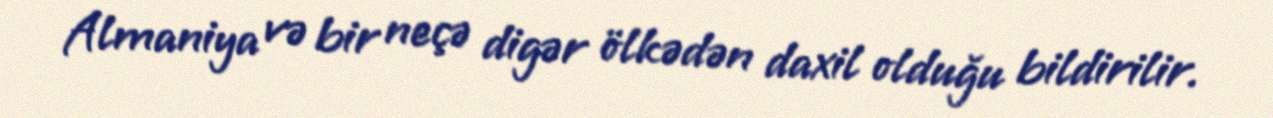
Almaniya və bir neçə digər ölkədən daxil olduğu bildirilir.